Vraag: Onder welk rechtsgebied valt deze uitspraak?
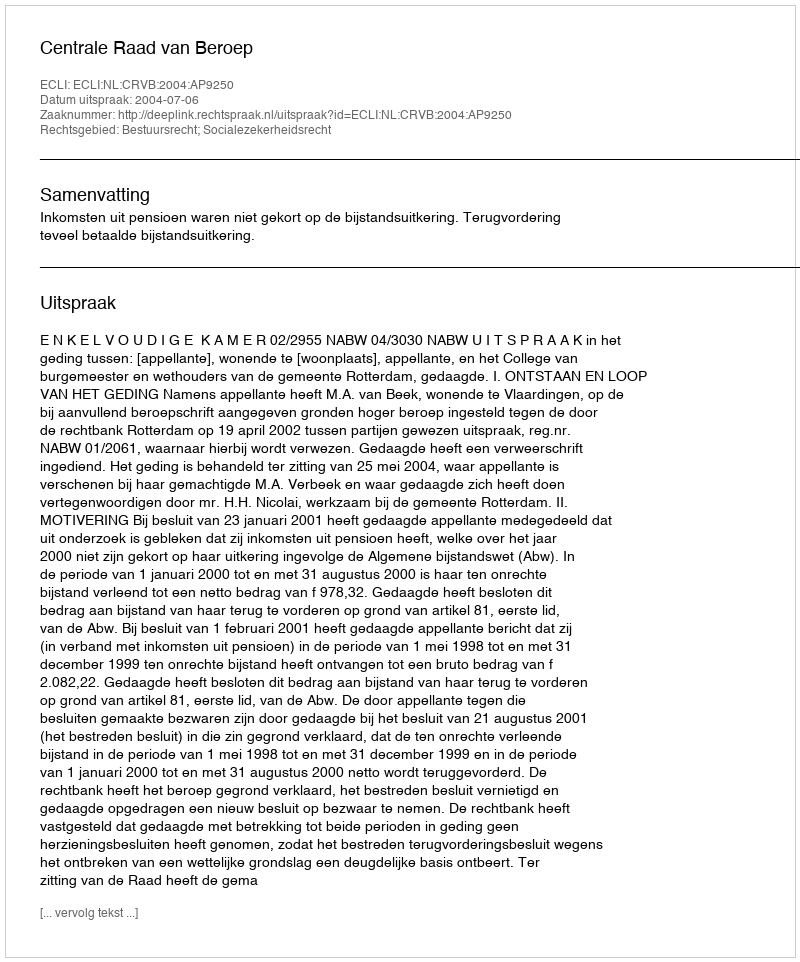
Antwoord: Bestuursrecht; Socialezekerheidsrecht